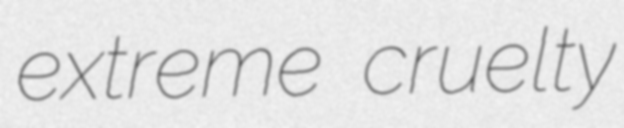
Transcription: extreme cruelty